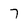
Character: 7